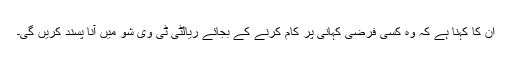
ان کا کہنا ہے کہ وہ کسی فرضی کہانی پر کام کرنے کے بجائے ریالٹی ٹی وی شو میں آنا پسند کریں گی۔